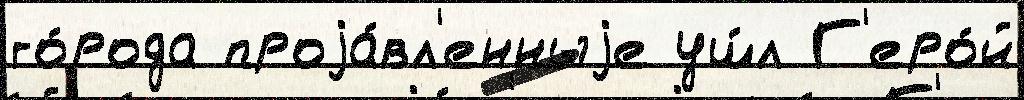
го́рода проjа́вл'енныjе уш́л Г'еро́й